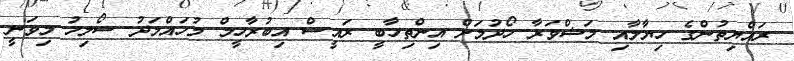
ރައްޔިތުންގެ ހިޔާލާއި މަޝްވަރާ ހޯދުމަށް އިންތިހާބީ ރައީސް އިބުރާހީމް މުހައްމަދު ސޯލިހު މިވަނީ